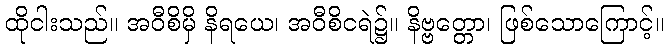
ထိုငါးသည်။ အဝီစိမှိ နိရယေ၊ အဝီစိငရဲ၌။ နိဗ္ဗတ္တော၊ ဖြစ်သောကြောင့်။